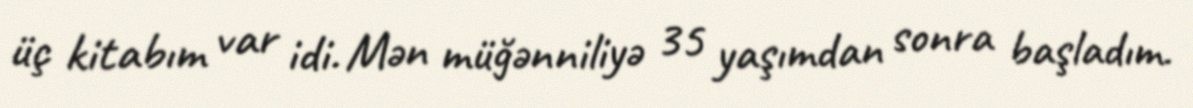
üç kitabım var idi. Mən müğənniliyə 35 yaşımdan sonra başladım.